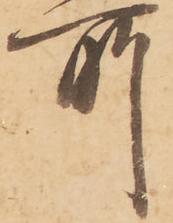
所